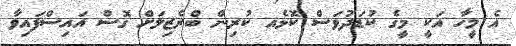
އެ މީހާ އަކީ މީގެ ކުޑަދުވަސް ކޮޅެއ ކުރިން ބްރެޒިލަށް ގޮސް އައިސްފައިވާ